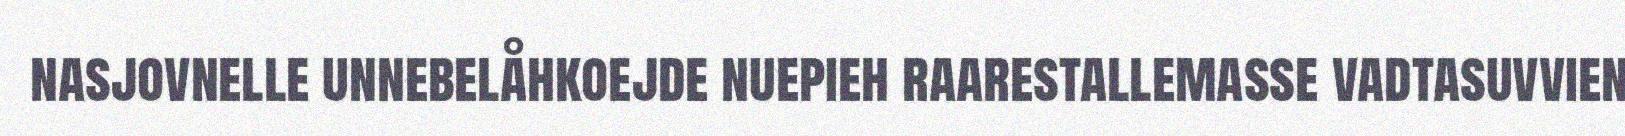
nasjovnelle unnebelåhkoejde nuepieh raarestallemasse vadtasuvvien